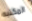
المكتبه